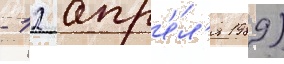
- 12 апр'е́л'я 1989)